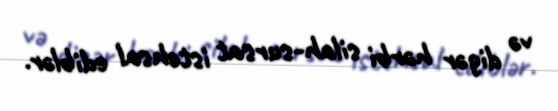
və digər hərbi silah-sursat istehsal ediblər.